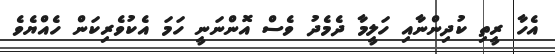
އެހާ ރީތި ކުދިންނާއި ހަލީމާ ދެމެދު ވެސް އޮންނަނީ ހަމަ އެކުވެރިކަން ހެއްޔެވެ